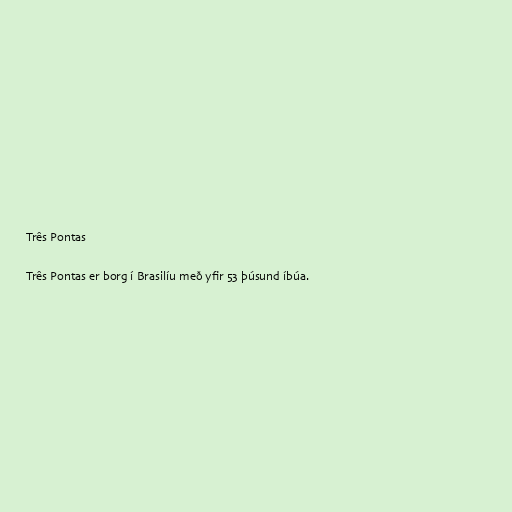
Três Pontas

Três Pontas er borg í Brasilíu með yfir 53 þúsund íbúa.